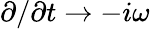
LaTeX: \partial/\partial t\to-i\omega